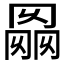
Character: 𰃭